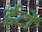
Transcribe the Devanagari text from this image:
ईटोंं